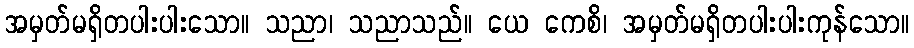
အမှတ်မရှိတပါးပါးသော။ သညာ၊ သညာသည်။ ယေ ကေစိ၊ အမှတ်မရှိတပါးပါးကုန်သော။